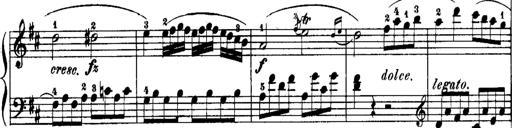
Title: Rondos and Sonatinas for Pianoforte
Composer: Daniel Steibelt